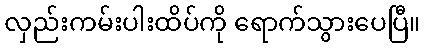
လှည်းကမ်းပါးထိပ်ကို ရောက်သွားပေပြီ။